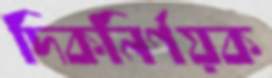
দিকনির্ণয়ক